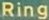
Ring